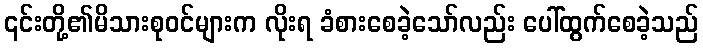
၎င်းတို့၏မိသားစုဝင်များက လိုးရ ခံစားစေခဲ့သော်လည်း ပေါ်ထွက်စေခဲ့သည်